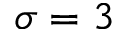
\sigma = 3